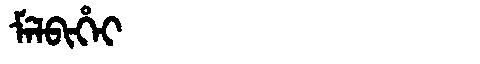
Manchu: ᠮᡝᠯᠪᡳᡥᡝᡳ
Romanization: MELBIHEI